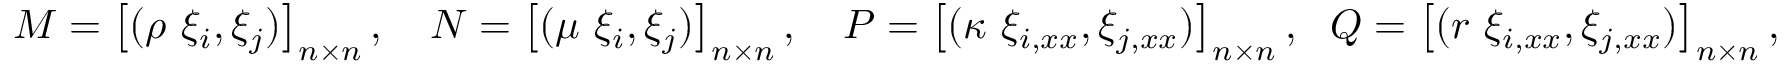
\begin{array} { r } { M = \left[ ( \rho \ \xi _ { i } , \xi _ { j } ) \right] _ { n \times n } , \ \ \ N = \left[ ( \mu \ \xi _ { i } , \xi _ { j } ) \right] _ { n \times n } , \ \ \ P = \left[ ( \kappa \ \xi _ { i , x x } , \xi _ { j , x x } ) \right] _ { n \times n } , \ \ Q = \left[ ( r \ \xi _ { i , x x } , \xi _ { j , x x } ) \right] _ { n \times n } , } \end{array}